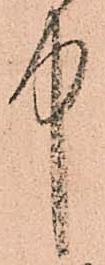
中